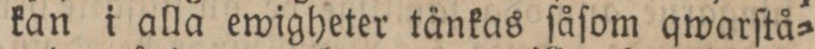
kan i alla ewigheter tänkas ſåſom qwarſtå=